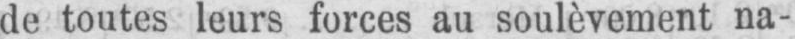
de toutes leurs forces au soulèvement na-